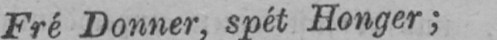
Fré Donner, spét Honger;